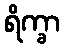
ရိက္ခာ